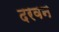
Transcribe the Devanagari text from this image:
दरवन